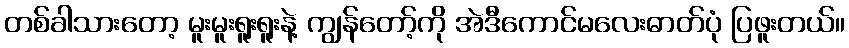
တစ်ခါသားတော့ မူးမူးရူးရူးနဲ့ ကျွန်တော့်ကို အဲဒီကောင်မလေးဓာတ်ပုံ ပြဖူးတယ်။